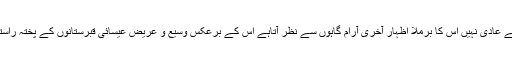
عملی زندگی میں ہم سب جس ڈسپلن اورنظم کے عادی نہیں اس کا برملا اظہار آخری آرام گاہوں سے نظر آتاہے اس کے برعکس وسیع و عریض عیسائی قبرستانوں کے پختہ راستے، ایک ترتیب سے قبریں اور ہر قبرپر کتبہ۔